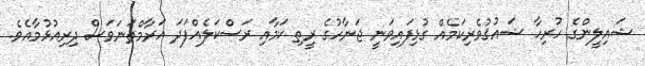
ޝައިލީންގެ ހުރިހާ ޝައުޤުވެރިކަމެއް ގުޅިފައިވަނީ ޖަނާހުގެ ރީތި ކަމާއި ރަސްކަލެއްފަދަ އަރާމްތަނަވަސް ދިރިއުޅުމާއެވެ.